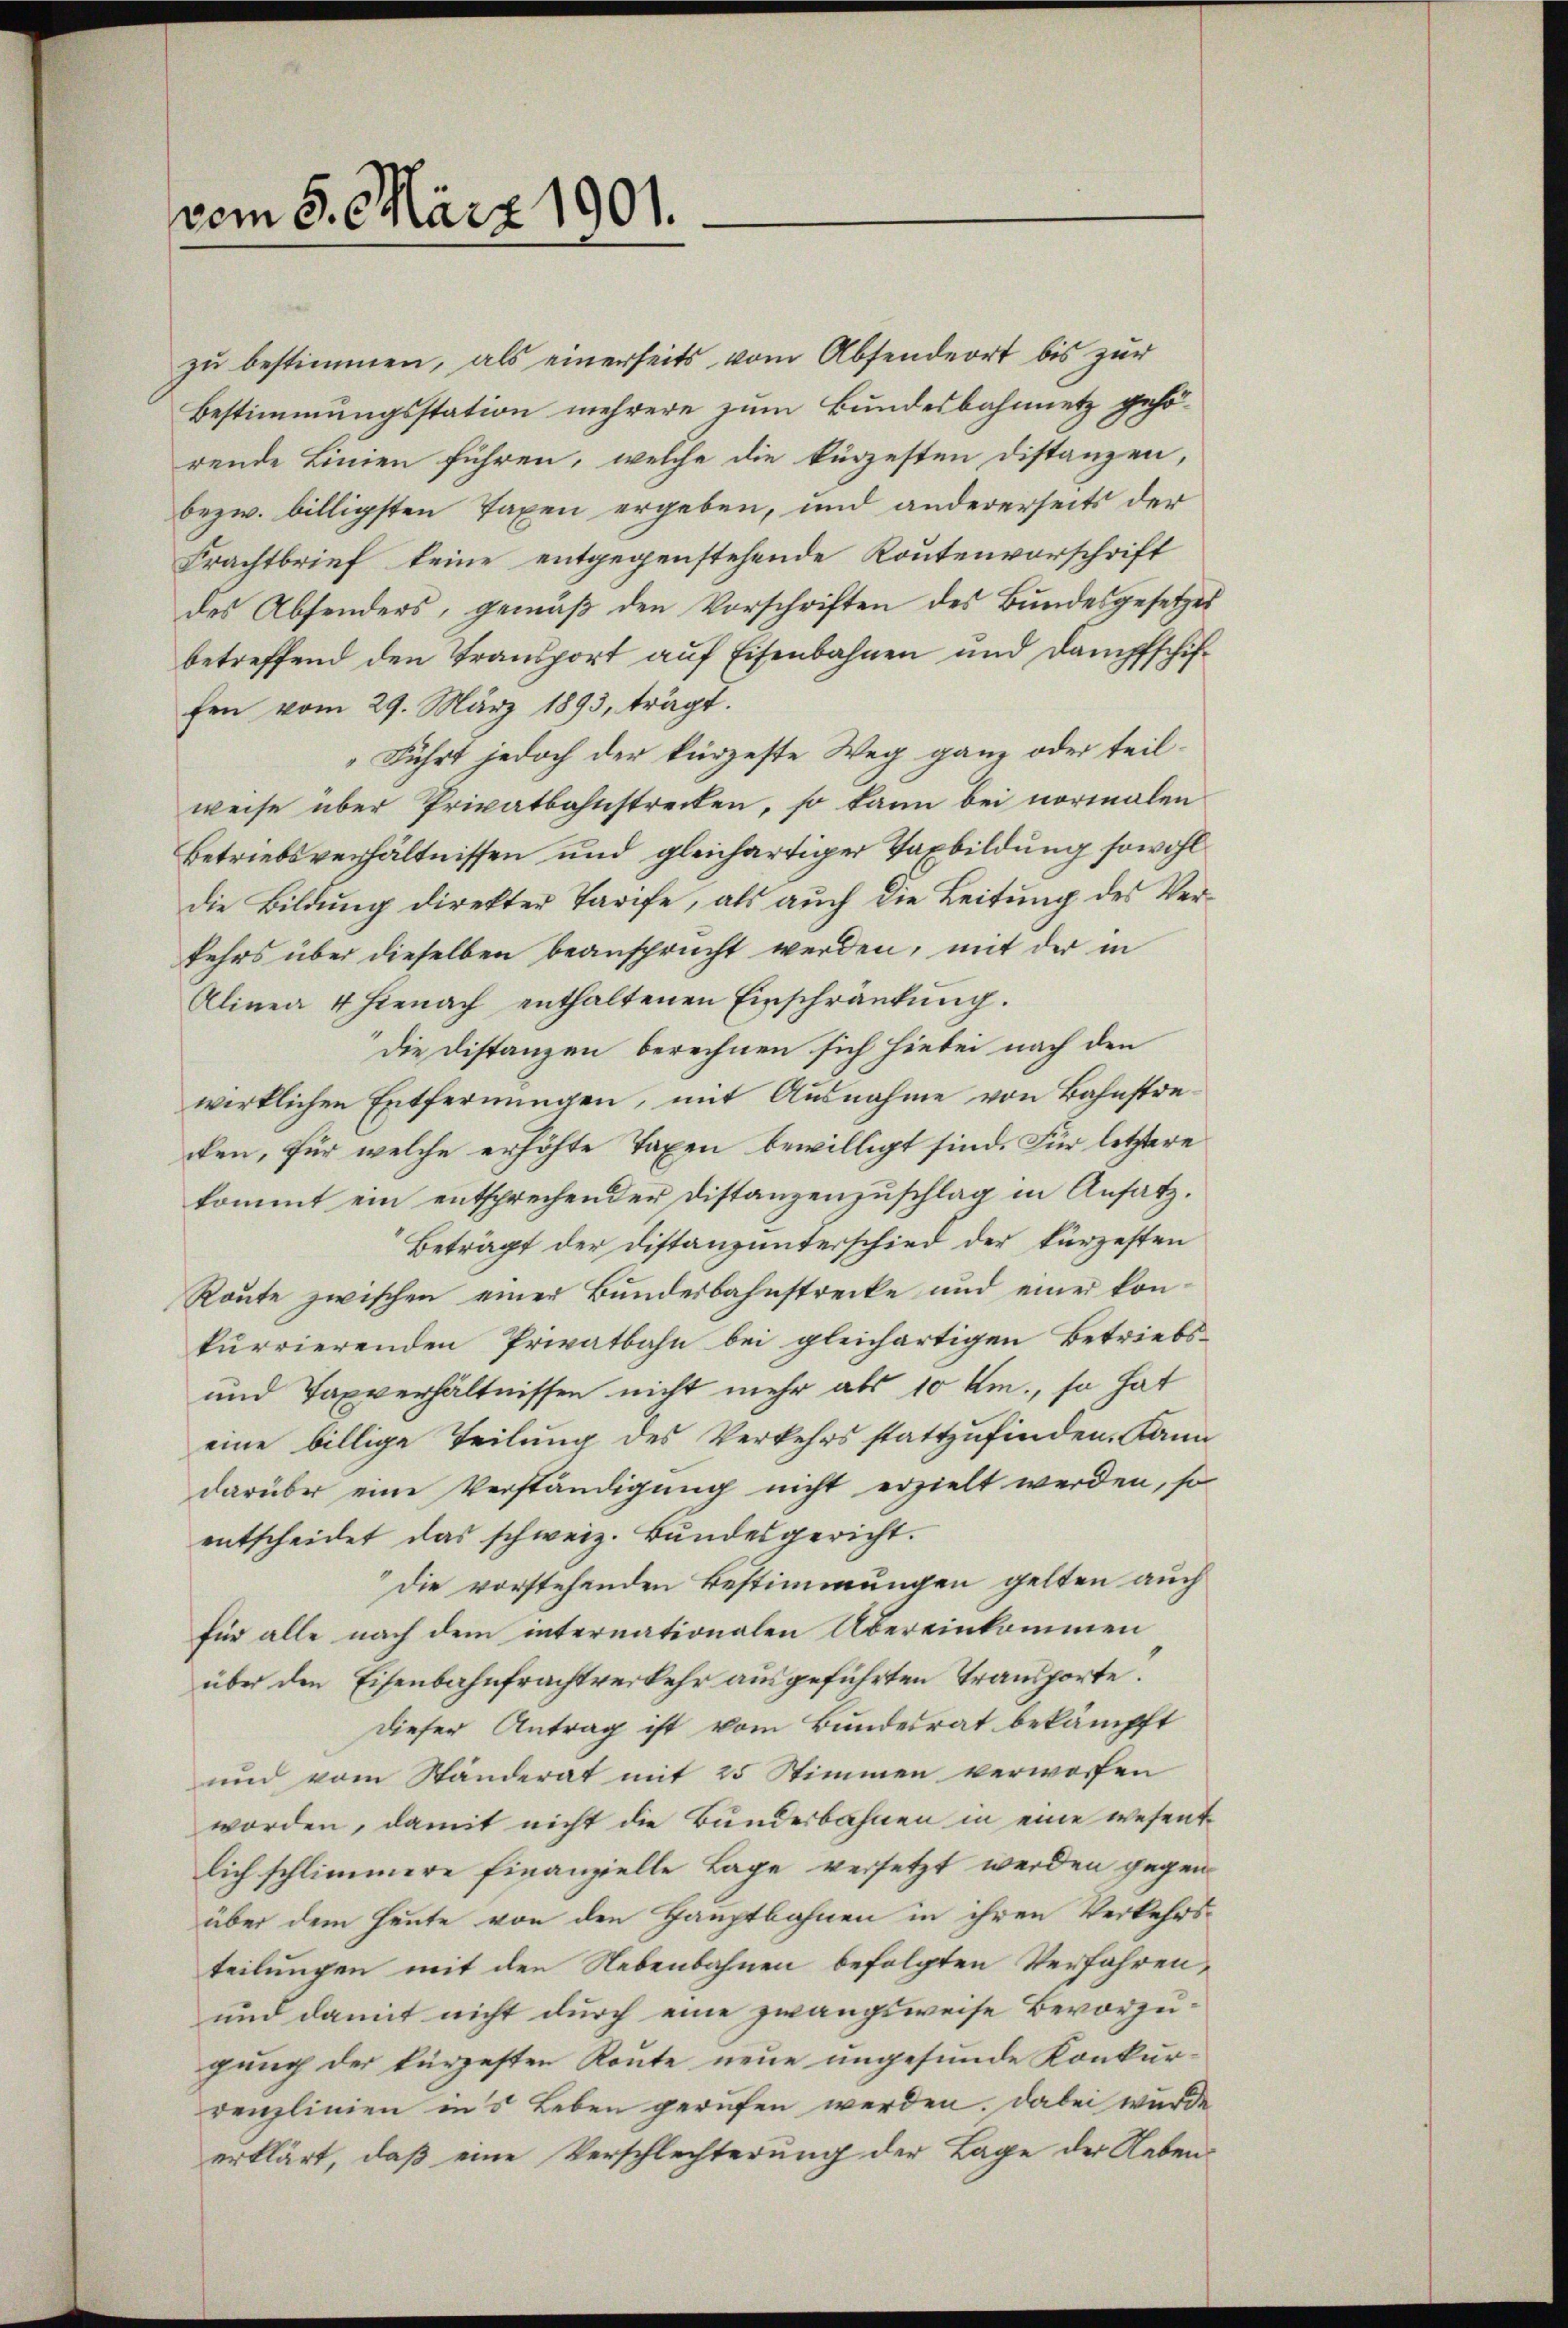
zu bestimmen, als einerseits vom Absendeort bis zur
Bestimmungsstation mehrere zum Bundesbahnnetz gehörende Linien führen, welche die kürzesten Distanzen,
bezw. billigsten Taxen ergeben, und andererseits der
Frachtbrief keine entgegenstehende Routenvorschrift
des Absonders, gemäß den Vorschriften des Bundesgesetzes
betreffend den Transport auf Eisenbahnen und Dampfschiffen vom 29. März 1893, trägt.
Führt jedoch der kürzeste Weg ganz oder teilweise über Privatbahnstrecken, so kann bei normalen
Betriebsverhältnissen und gleichartiger Taxbildung sowohl
die Bildung direkter Tarife, als auch die Leitung des Verkehrs über dieselben beansprucht werden, mit der in
Alinea 4 hienach enthaltenen Einschränkung.
Die Distanzen berechnen sich hiebei nach den
wirklichen Entfernungen, mit Ausnahme von Bahnstrecken, für welche erhöhte Taxen bewilligt sind. Für letztere
kommt ein entsprechender Distanzenzuschlag in Ansatz.
Beträgt der Distanzunterschied der kürzesten
Route zwischen einer Bundesbahnstrecke und einer konkurrierenden Privatbahn bei gleichartigen Betriebs-
und Taxverhältnissen nicht mehr als 10 km., so hat
eine billige Teilung des Verkehrs stattzufinden. Kann
darüber eine Verständigung nicht erzielt werden, so
entscheidet das schweiz. Bundesgericht.
die vorstehenden Bestimmungen gelten auch
für alle nach dem internationalen Übereinkommen
über den Eisenbahnfrachtverkehr ausgeführten Transporte.
Dieser Antrag ist vom Bundesrat bekämpft
und vom Standerat mit 25 Stimmen verworfen
worden, damit nicht die Bunderbahnen in eine wesentlich schlimmere finanzielle Lage versetzt werden gegen
über dem Heute von den Hauptbahnen in ihren Verkehrsteilungen mit den Nebenbahnen befolgten Verfahren,
und damit nicht durch eine zwangsweise Bevorzugung der kürzesten Route neue ungesunde Konkurrenzlinien ins Leben gerufen werden. Dabei wurde
erklärt, daß eine Verschlechterung der Lage der Neben¬

vom 8. März 1901.